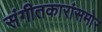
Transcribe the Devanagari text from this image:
संगीतकारांसमोर